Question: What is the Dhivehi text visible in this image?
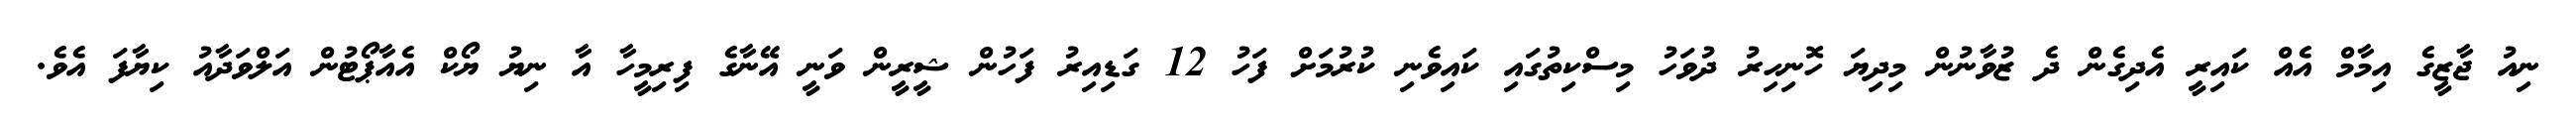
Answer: ނިއު ޖާޒީގެ އިމާމް އެއް ކައިރީ އެދިގެން ދެ ޒުވާނުން މިދިޔަ ހޮނިހިރު ދުވަހު މިސްކިތުގައި ކައިވެނި ކުރުމަށް ފަހު 12 ގަޑިއިރު ފަހުން ޝީރީން ވަނީ އޭނާގެ ފިރިމީހާ އާ ނިޔު ޔޯކް އެއާޕޯޓުން އަލްވަދާއު ކިޔާފަ އެވެ.